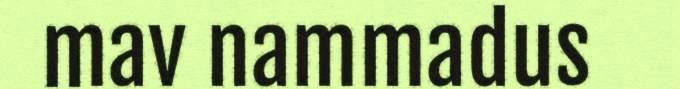
mav nammadus